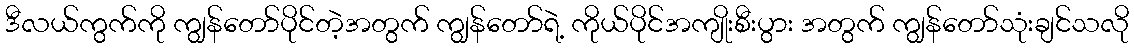
ဒီလယ်ကွက်ကို ကျွန်တော်ပိုင်တဲ့အတွက် ကျွန်တော်ရဲ့ ကိုယ်ပိုင်အကျိုးစီးပွား အတွက် ကျွန်တော်သုံးချင်သလို